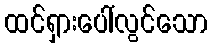
ထင်ရှားပေါ်လွင်သော